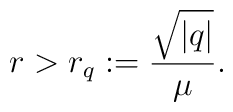
r > r_q := \frac{\sqrt{|q|}}{\mu}.